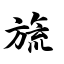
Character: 旒